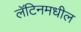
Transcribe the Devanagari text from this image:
लॅटिनमधील